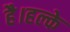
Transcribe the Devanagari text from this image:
है।हल्के